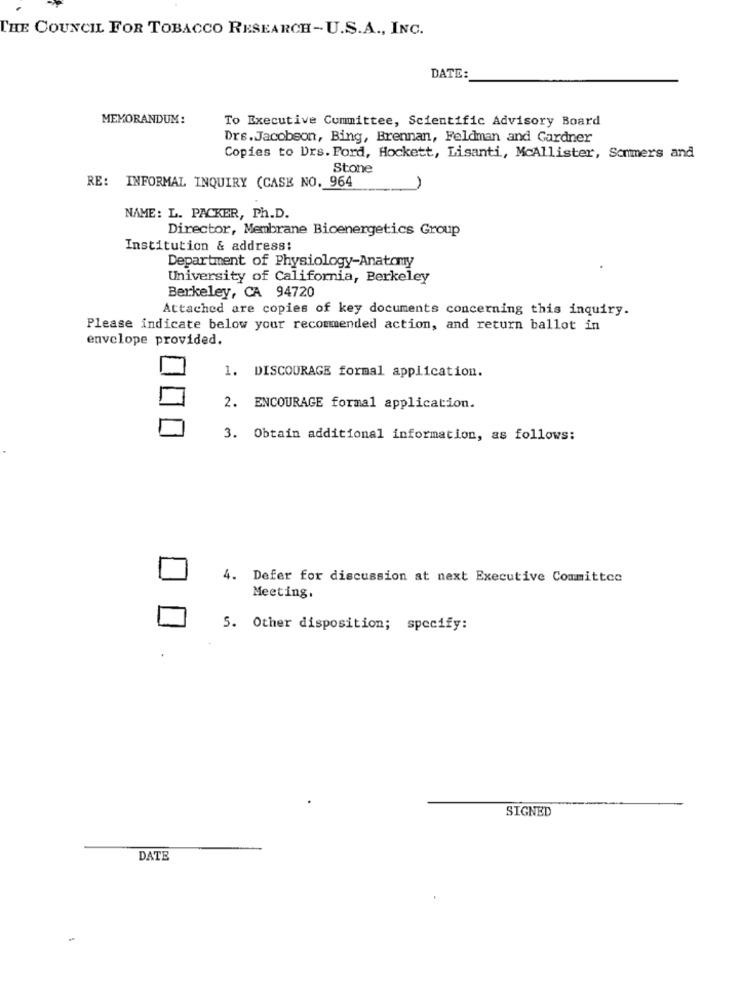
THE COUNCIL FOR TOBACCO RESEARCH-U.S.A ., INC.
DATE:
MEMORANDUM:
To Executive Committee, Scientific Advisory Board
Drs.Jacobson, Bing, Brennan, Feldman and Gardner
Copies to Drs. Ford, Hockett, Lisanti, McAllister, Sommers and
Stone
RE: INFORMAL INQUIRY (CASE NO. 964
1
NAME: L. PACKER, Ph.D.
Director, Membrane Bioenergetics Group
Institution & address:
Department of Physiology-Anatomy
University of California, Berkeley
Berkeley, CA 94720
Attached are copies of key documents concerning this inquiry.
Please indicate below your recommended action, and return ballot in
envelope provided.
1. DISCOURAGE formal application.
2. ENCOURAGE formal application.
3. Obtain additional information, as follows:
4. Defer for discussion at next Executive Committee
Meeting.
5. Other disposition; specify:
SIGNED
DATE